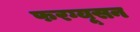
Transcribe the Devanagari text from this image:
फरग्यूसन